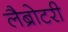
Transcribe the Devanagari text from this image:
लैब्रोटरी